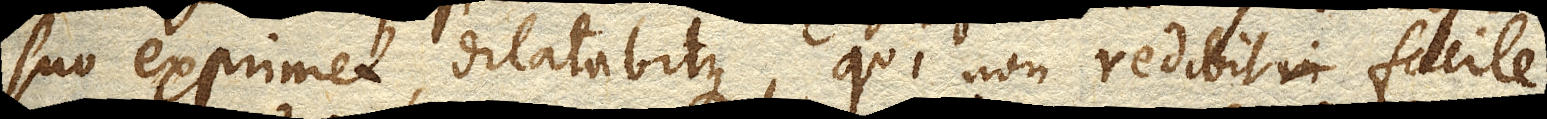
suo exprimet, dilatabitque, qui non redibit facile